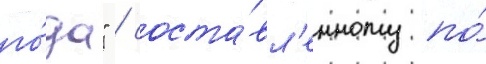
го́да" / соста́вл'енному по́